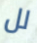
لل